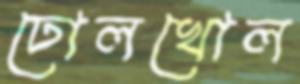
ঢোলখোল